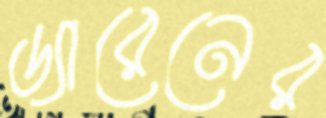
ড্যারেনের